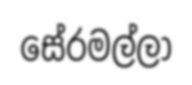
සේරමල්ලා